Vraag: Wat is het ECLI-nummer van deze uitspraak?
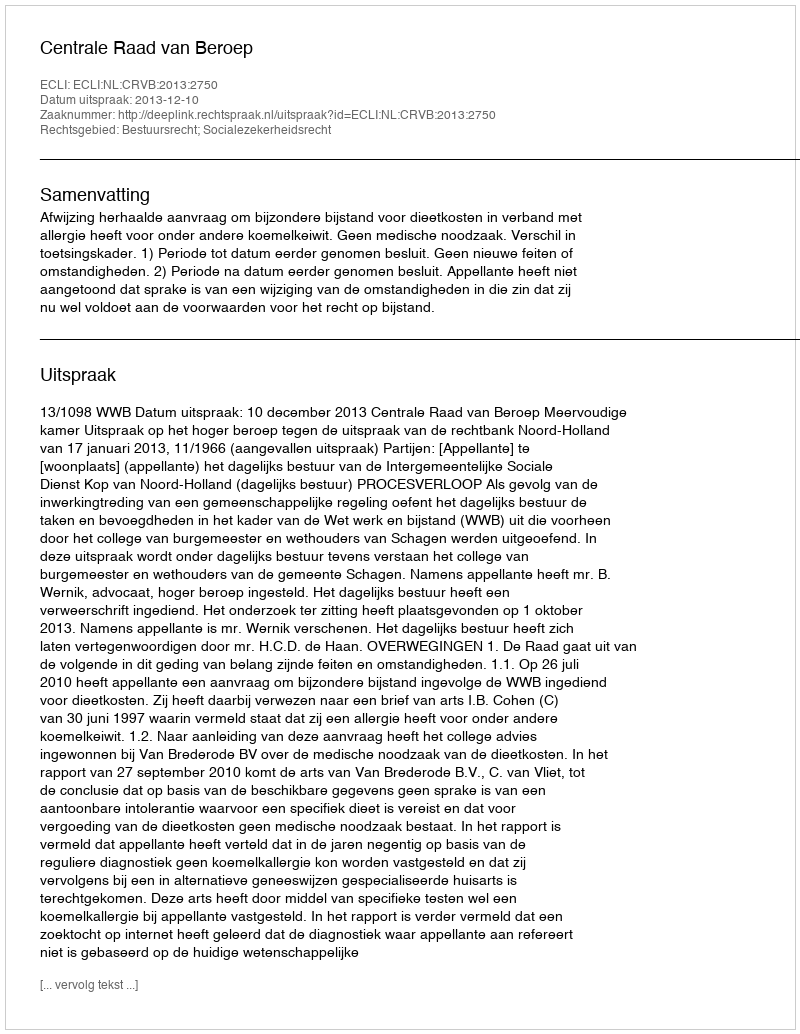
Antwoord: ECLI:NL:CRVB:2013:2750